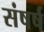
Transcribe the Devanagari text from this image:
संषर्ष